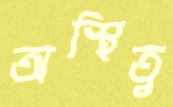
অস্থিত্ব